Indian journal of veterinary science and animal husbandry - Volumes 18-21, 1948-1951
Year: 1948
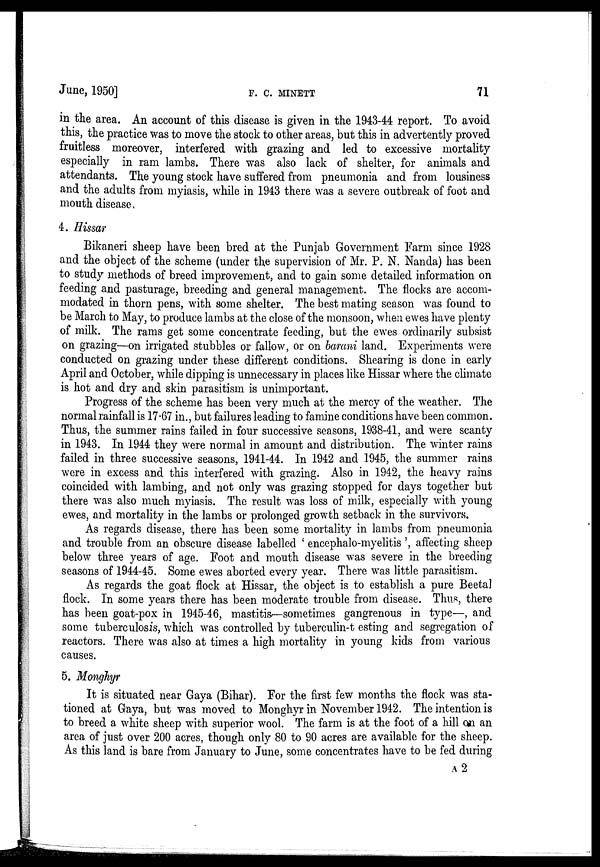
June, 1950]
F.
C.
MINETT
71
in the area. An account of this disease is given in the 1943-44 report. To avoid
this, the practice was to move the stock to other areas, but this in advertently proved
fruitless moreover, interfered with grazing and led to excessive mortality
especially in ram lambs. There was also lack of shelter, for animals and
attendants. The young stock have suffered from pneumonia and from lousiness
and the adults from myiasis, while in 1943 there was a severe outbreak of foot and
mouth disease,
4. Hissar
Bikaneri sheep have been bred at the Punjab Government Farm since 1928
and the object of the scheme (under the supervision of Mr. P. N. Nanda) has been
to study methods of breed improvement, and to gain some detailed information on
feeding and pasturage, breeding and general management. The flocks are accom-
modated in thorn pens, with some shelter. The best mating season was found to
be March to May, to produce lambs at the close of the monsoon, when ewes have plenty
of milk. The rams get some concentrate feeding, but the ewes ordinarily subsist
on grazing—on irrigated stubbles or fallow, or on barani land. Experiments were
conducted on grazing under these different conditions. Shearing is done in early
April and October, while dipping is unnecessary in places like Hissar where the climate
is hot and dry and skin parasitism is unimportant.
Progress of the scheme has been very much at the mercy of the weather. The
normal rainfall is 17.67 in., but failures leading to famine conditions have been common.
Thus, the summer rains failed in four successive seasons, 1938-41, and were scanty
in 1943. In 1944 they were normal in amount and distribution. The winter rains
failed in three successive seasons, 1941-44. In 1942 and 1945, the summer rains
were in excess and this interfered with grazing. Also in 1942, the heavy rains
coincided with lambing, and not only was grazing stopped for days together but
there was also much myiasis. The result was loss of milk, especially with young
ewes, and mortality in the lambs or prolonged growth setback in the survivors.
As regards disease, there has been some mortality in lambs from pneumonia
and trouble from an obscure disease labelled 'encephalo-myelitis', affecting sheep
below three years of age. Foot and mouth disease was severe in the breeding
seasons of 1944-45. Some ewes aborted every year. There was little parasitism.
As regards the goat flock at Hissar, the object is to establish a pure Beetal
flock. In some years there has been moderate trouble from disease. Thus, there
has been goat-pox in 1945-46, mastitis—sometimes gangrenous in type—, and
some tuberculosis, which was controlled by tuberculin-t esting and segregation of
reactors. There was also at times a high mortality in young kids from various
causes.
5. Monghyr
It is situated near Gaya (Bihar). For the first few months the flock was sta-
tioned at Gaya, but was moved to Monghyr in November 1942. The intention is
to breed a white sheep with superior wool. The farm is at the foot of a hill on an
area of just over 200 acres, though only 80 to 90 acres are available for the sheep.
As this land is bare from January to June, some concentrates have to be fed during
A 2